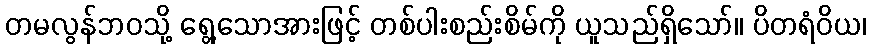
တမလွန်ဘဝသို့ ရွေ့သောအားဖြင့် တစ်ပါးစည်းစိမ်ကို ယူသည်ရှိသော်။ ပိတရံဝိယ၊